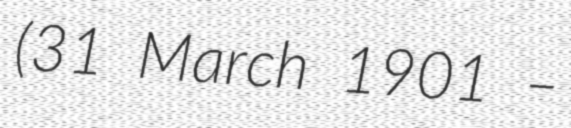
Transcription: (31 March 1901 –